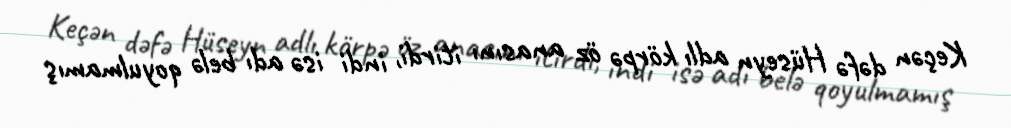
Keçən dəfə Hüseyn adlı körpə öz anasını itirdi, indi isə adı belə qoyulmamış